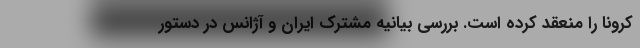
کرونا را منعقد کرده است. بررسی بیانیه مشترک ایران و آژانس در دستور